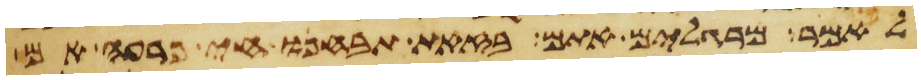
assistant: לאמר מרגלים אתם בזאת תבחנו חי פרעה אם